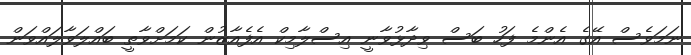
ނަމަވެސް އޭގެ އެންމެ ފަހު ބަސް ވިދާޅުވާނީ އިސްލާމިކް އެފެއާޒުން ކަމަށްވާތީ ބައްލަވާލައްވަން